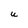
Character: u